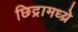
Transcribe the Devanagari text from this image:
छिद्रामध्य्रे